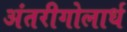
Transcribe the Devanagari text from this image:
अंतरीगोलार्ध